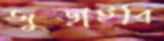
জুড়াইবি